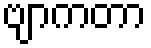
ဗျာကတာ